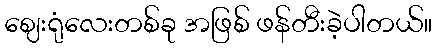
ဈေးရုံလေးတစ်ခု အဖြစ် ဖန်တီးခဲ့ပါတယ်။